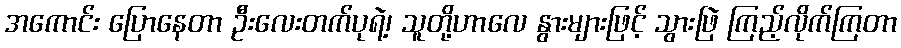
အကောင်း ပြောနေတာ ဦးလေးတက်ပုရဲ့၊ သူတို့ဟာလေ နွားများဖြင့် သွားဖြဲ ကြည့်လိုက်ကြတာ